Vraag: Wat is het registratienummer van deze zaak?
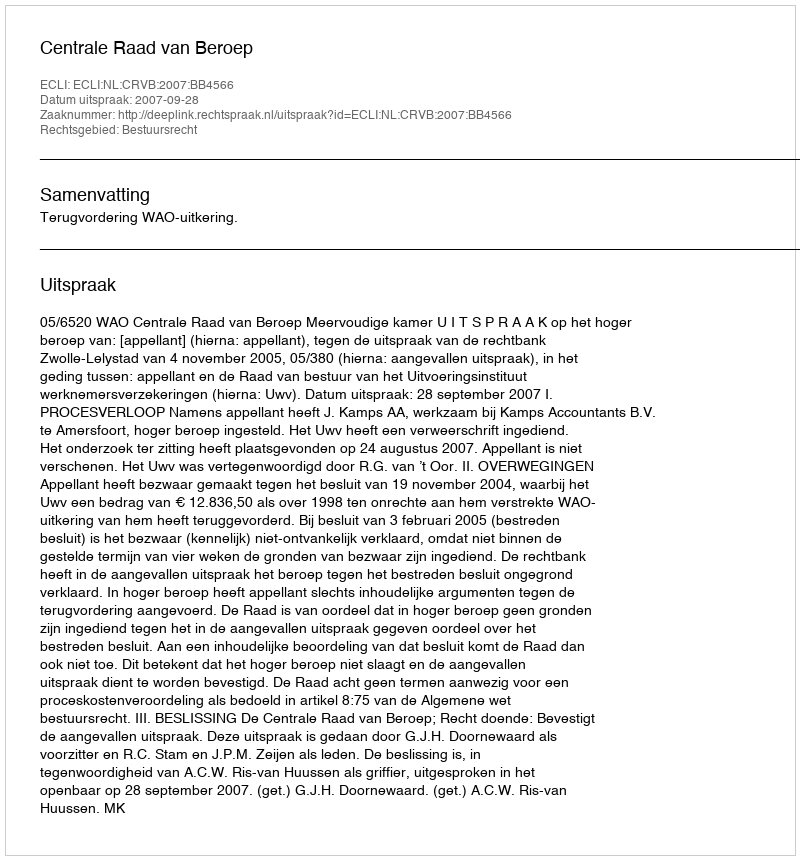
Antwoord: http://deeplink.rechtspraak.nl/uitspraak?id=ECLI:NL:CRVB:2007:BB4566